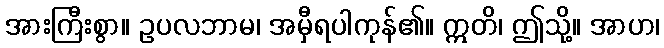
အားကြီးစွာ။ ဥပလဘာမ၊ အမှီရပါကုန်၏။ ဣတိ၊ ဤသို့။ အာဟ၊